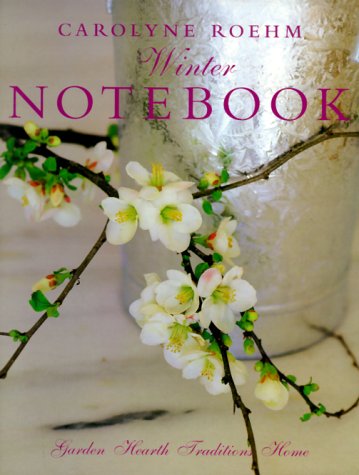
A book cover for Carolyne Roehm's Winter Notebook; Carolyne Roehm; Crafts, Hobbies & Home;